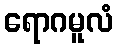
ရောဂမူလံ